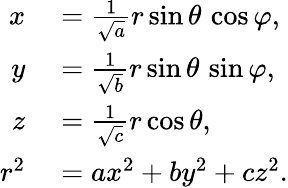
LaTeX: \begin{array}{rl}{x}&{{}={\frac{1}{\sqrt{a}}}r\sin\theta\, \cos\varphi,}\\ {y}&{{}={\frac{1}{\sqrt{b}}}r\sin\theta\, \sin\varphi,}\\ {z}&{{}={\frac{1}{\sqrt{c}}}r\cos\theta,}\\ {r^{2}}&{{}=ax^{2}+by^{2}+cz^{2}.}\end{array}